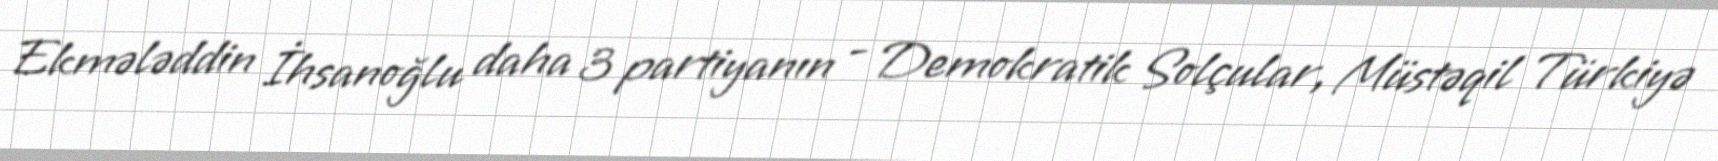
Ekmələddin İhsanoğlu daha 3 partiyanın - Demokratik Solçular, Müstəqil Türkiyə